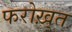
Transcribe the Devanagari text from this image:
फरोख़्त